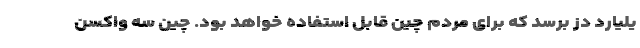
یلیارد دز برسد که برای مردم چین قابل استفاده خواهد بود. چین سه واکسن